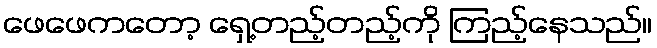
ဖေဖေကတော့ ရှေ့တည့်တည့်ကို ကြည့်နေသည်။